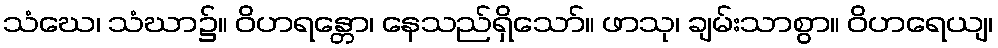
သံဃေ၊ သံဃာ၌။ ဝိဟရန္တော၊ နေသည်ရှိသော်။ ဖာသု၊ ချမ်းသာစွာ။ ဝိဟရေယျ၊